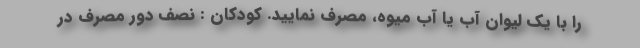
را با یک لیوان آب یا آب میوه، مصرف نمایید. کودکان : نصف دور مصرف در